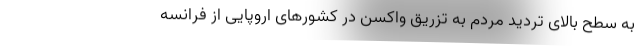
به سطح بالای تردید مردم به تزریق واکسن در کشورهای اروپایی از فرانسه